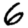
Digit: 6